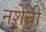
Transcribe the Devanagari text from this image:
नशेची